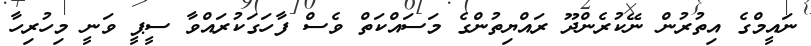
ނައީމްގެ އިތުރުން ނޭކުރެންދޫ ރައްޔިތުންގެ މަސައްކަތް ވެސް ފާހަގަކުރައްވާ ސީޕީ ވަނީ މިހުރިހާ